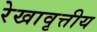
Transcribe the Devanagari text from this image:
रेखावृत्तीय